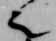
之